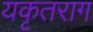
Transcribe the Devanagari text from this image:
यकृतराग